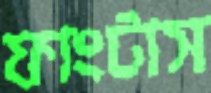
ফাংটাস